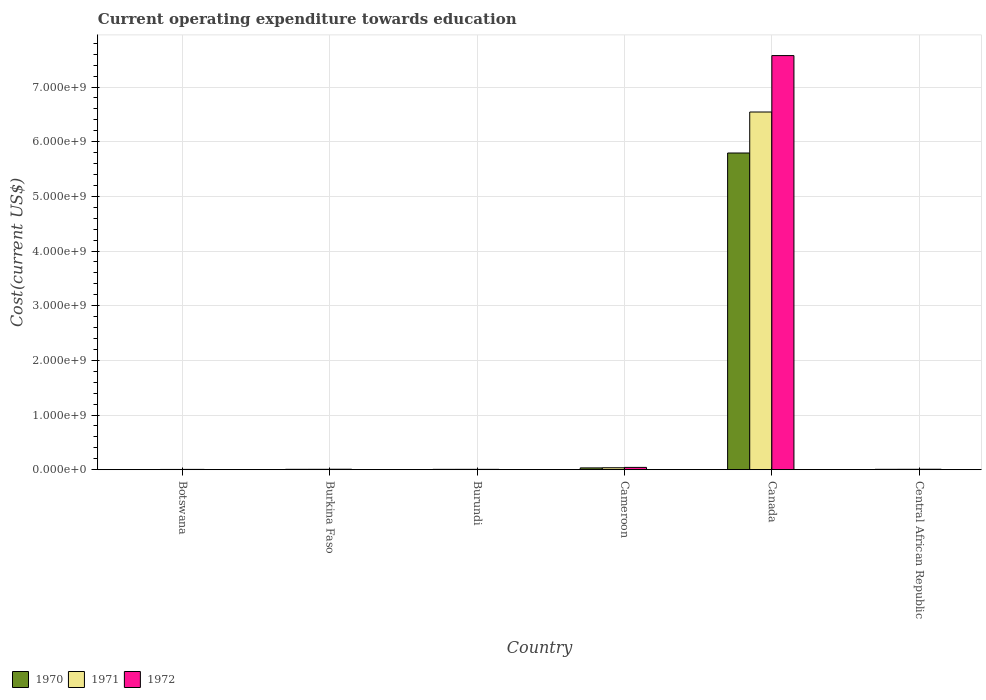
| Country | 1970 | 1971 | 1972 |
 | --- | --- | --- | --- |
 | Botswana | 3.52e+06 | 4.56e+06 | 5.45e+06 |
 | Burkina Faso | 6.88e+06 | 7.23e+06 | 8.66e+06 |
 | Burundi | 6.35e+06 | 6.58e+06 | 6.36e+06 |
 | Cameroon | 3.28e+07 | 3.57e+07 | 4.21e+07 |
 | Canada | 5.79e+09 | 6.54e+09 | 7.58e+09 |
 | Central African Republic | 6.93e+06 | 7.36e+06 | 8.45e+06 |